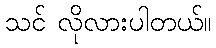
သင် လိုလားပါတယ်။